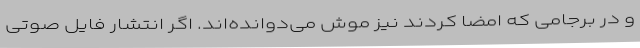
و در برجامی که امضا کردند نیز موش می‌دوانده‌اند. اگر انتشار فایل صوتی